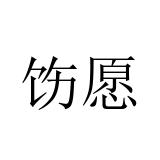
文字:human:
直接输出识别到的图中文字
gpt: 饬愿